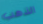
الذهب